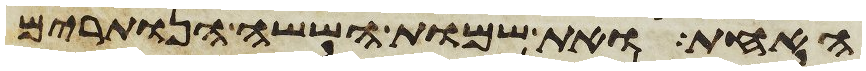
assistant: האחת ואת שמות הששה הנותרים